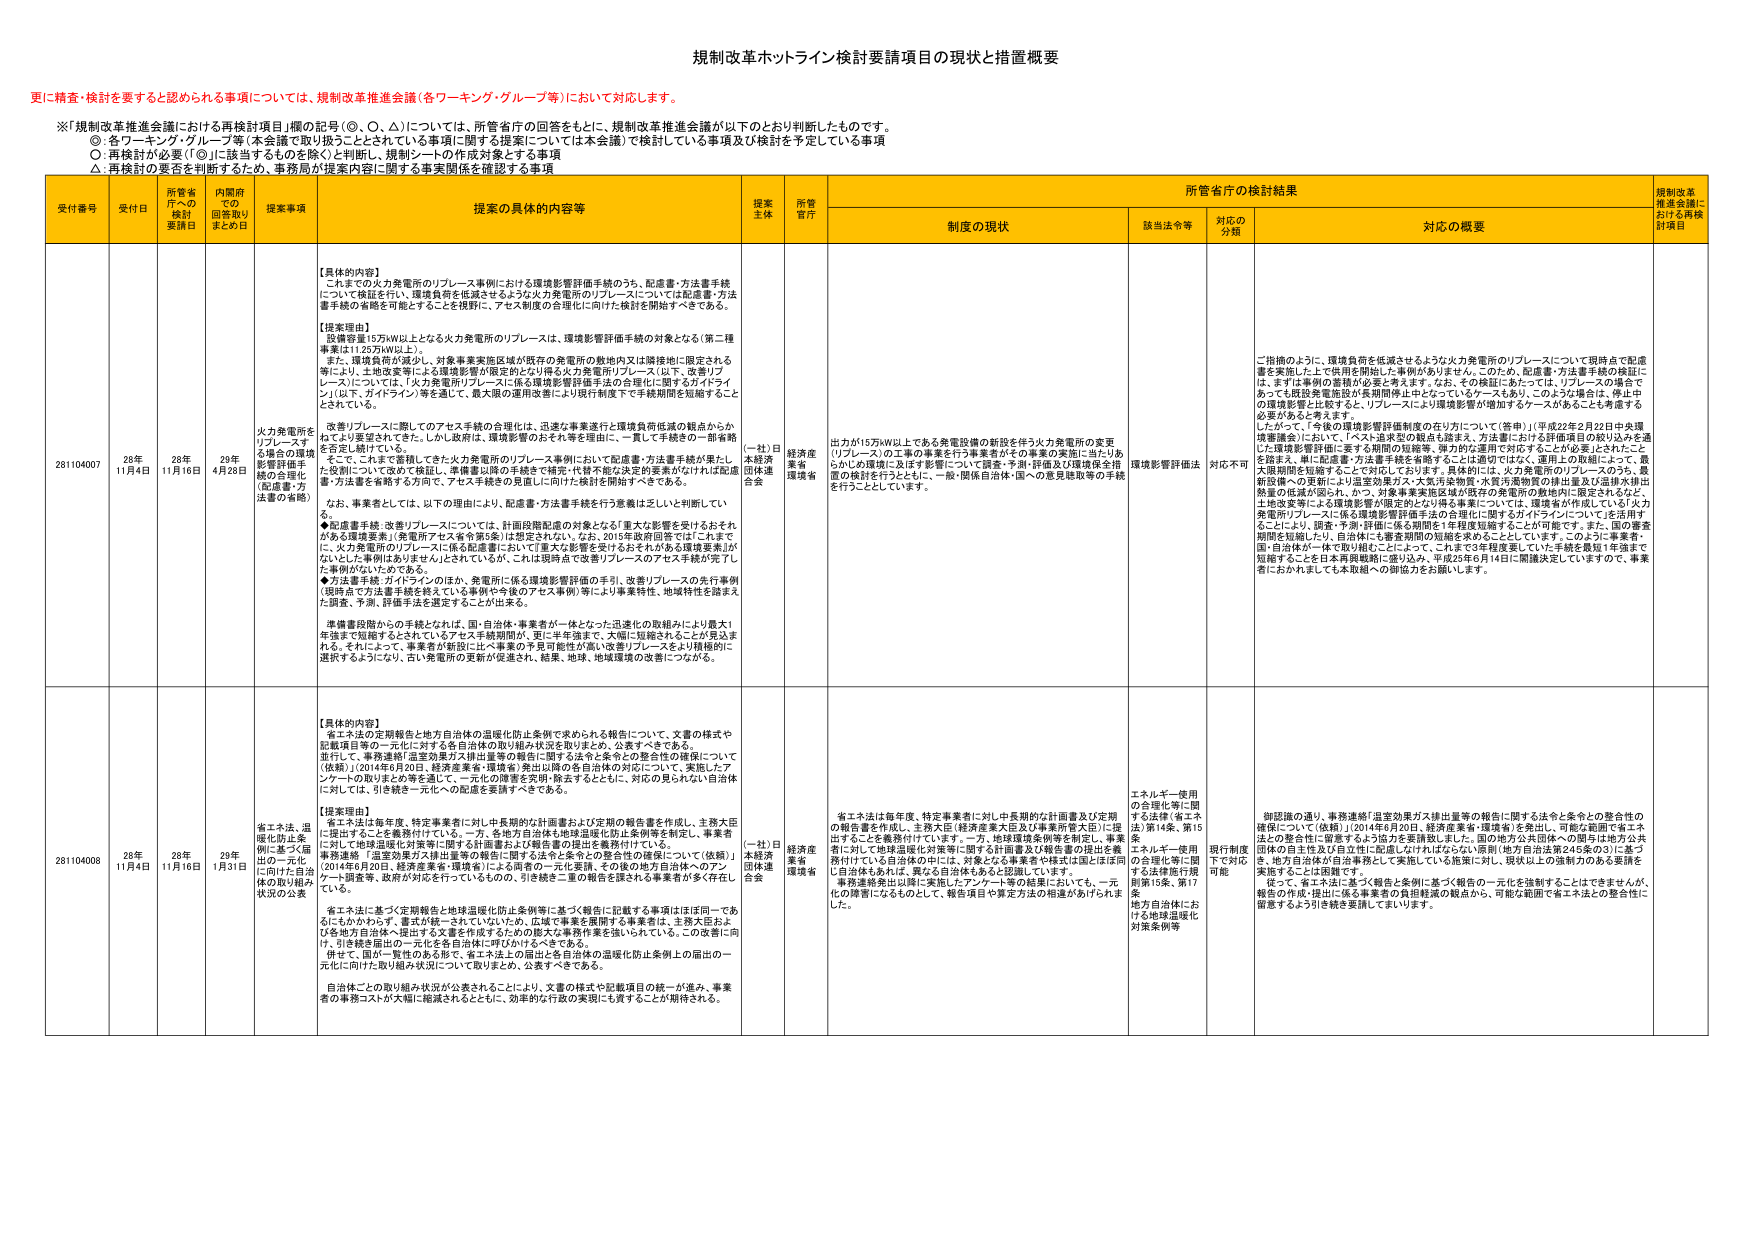
規制改革ホットライン検討要請項目の現状と措置概要

更に精査・検討を要すると認められる事項については、規制改革推進会議（各ワーキング・グループ等）において対応します。

※「規制改革推進会議における再検討項目」欄の記号（◎、○、△）については、所管省庁の回答をもとに、規制改革推進会議が以下のとおり判断したものです。
◎：各ワーキング・グループ等（本会議で取り扱うこととされている事項に関する提案については本会議）で検討している事項及び検討を予定している事項
○：再検討が必要（「◎」に該当するものと除く）と判断し、規制シートの作成対象とする事項
△：再検討の要否を判断するため、事務局が提案内容に関する事実関係を確認する事項

受付番号 受付日 所管省庁への検討要請日 内閣府での回答取りまとめ日 提案事項 提案の具体的内容等 提案主体 所管省庁 所管省庁の検討結果 規制改革推進会議における再検討項目
制度の現状 該当法令等 対応の分類 対応の概要

281104007 28年11月4日 28年11月16日 29年4月28日 火力発電所をリプレースする場合の環境影響評価手続の合理化（配慮書・方法書の省略） 【具体的内容】
これまでの火力発電所のリプレース事例における環境影響評価手続のうち、配慮書・方法書手続について検証を行い、環境負荷を低減させるような火力発電所のリプレースについては配慮書・方法書手続の省略を可能とすることを検討し、アセス制度の合理化に向けた検討を開始すべきである。

【提案理由】
設備容量15万kW以上となる火力発電所のリプレースは、環境影響評価手続の対象となる（第二種事業は12万kW以上）。
また、環境負荷が減少し、対象事業実施区域が既存の発電所の敷地内又は隣接地に限定される等により、土地政策等による環境影響が限定的なだけ得る火力発電所リプレース（以下、改善リプレース）については、「火力発電所リプレースに係る環境影響評価手続の合理化に関するガイドライン」（以下、ガイドライン）等を通じて、最大限の運用改善により現行制度下で手続期間を短縮することとされている。

改善リプレースに関してのアセス手続の合理化は、迅速な事業遂行と環境負荷低減の観点からかねてより要望されてきた。しかし政府は、環境影響のおそれ等を理由に、一貫して手続その一部省略を否定し続けていた。
本件については、環境省がこれまでに火力発電所のリプレース事例において配慮書・方法書手続が果たした役割について改めて検証し、事業者以降の手続を不補完・代替不能な決定的要素がなければ配慮書・方法書を省略する方向で、アセス手続その見直しに向けた検討を開始すべきである。

なお、事業者としては、以下の理由により、配慮書・方法書手続を行う意義は乏しいと判断している。
◆配慮書手続：改善リプレースについては、計画段階配慮の対象となる「重大な影響を受けられるものがある環境要素」（環境庁アセス省令第5条）は想定されない。なお、2015年政府回答では「これまでに、火力発電所のリプレースに係る配慮書において『重大な影響を受けるおそれがある環境要素』が記載された例は見られず、アセス手続の合理化に向けた検討を開始すべきである」との見解が示されている。
◆方法書手続：ガイドラインのほか、発電所に係る環境影響評価の手引、改善リプレースの先行事例（現時点で方法書手続を終えている事例や今後のアセス事例）等により事業特性、地域特性を踏まえた調査、予測、評価手法を選定することが出来る。

準備書段階からの手続をなれば、国・自治体・事業者が一体となった迅速化の取組みにより最大1年程度の短縮するとされているアセス手続期間が、更に4年強まで、大幅に短縮されることが見込まれる。それによって、事業者が新設に比べ事業の予見可能性が高い改善リプレースをより積極的に選択するようになり、古い発電所の更新が促進され、結果、地域、地球環境の改善につながる。

（一社）日本経済団体連合会 経済産業省 環境省 出力が15万kW以上である発電設備の新設を伴う火力発電所の変更（リプレース）の工事の事業を行う事業者がその事業の実施に当たりあらかじめ環境に及ぼす影響について調査・予測・評価及び環境保全措置の検討を行うとともに、一般・関係自治体・国への意見聴取等の手続を行うこととしています。 環境影響評価法 対応不可 ご指摘のように、環境負荷を低減させるような火力発電所のリプレースについて現時点で配慮書を実施した上で使用を開始した事例がありません。このため、配慮書・方法書手続の検証には、まずは事例の蓄積が必要と考えます。なお、その検証にあたっては、リプレースの場面であっても既設発電施設が使用期間外とされているケースもあり、このような場合は、停止中の環境影響と比較すると、リプレースにより環境影響が増加するケースがあることも考慮する必要があると考えます。
したがって、「今後の環境影響評価制度の在り方について（答申）」（平成22年2月22日中央環境審議会）において、「アセス追求型の観点も踏まえ、方法書における評価項目の絞り込みを通じた環境影響評価に要する期間の短縮等、弾力的な運用が対応することが必要」とされたことを踏まえ、単に配慮書・方法書手続を省略することは適切ではなく、運用上の取組によって、最新期間を短縮することを対応しております。具体的には、火力発電所のリプレースのうち、最新設備への更新により温室効果ガス・大気汚染物質・水質汚濁物質の排出量及び温排水排出量等の低減が図られ、かつ、対象事業実施区域が既存の発電所の敷地内に限定されるなど、土地政策等による環境影響が限定的となり得る事業については、環境省が作成している「火力発電所リプレースに係る環境影響評価手続の合理化に関するガイドライン」について活用することにより、調査・予測・評価に係る期間を1年程度短縮することが可能です。また、国の審査期間を短縮したり、自治体にも審査期間の短縮を求めることとしています。このように事業者・国・自治体が一体で取り組むことによって、これまで3年程度要していた手続を最短1年強まで短縮することを日本再興戦略に盛り込み、平成25年6月14日に閣議決定していますので、事業者におかれましても本取組への御協力をお願いします。

281104008 28年11月4日 28年11月16日 29年1月31日 省エネ法、温暖化防止条例に基づく届出の一元化、に向けて自治体の取り組み状況の公表 【具体的内容】
省エネ法の定期報告と地方自治体の温暖化防止条例で求められる報告について、文書の様式や記載項目等の一元化に対する各自治体の取り組み状況を取りまとめ、公表すべきである。
並行して、事務連絡「温室効果ガス排出量等の報告に関する法令と条例との整合性の確保について（依頼）」（2014年6月20日、経済産業省・環境省）発出以降の各自治体の対応について、実施したアシストへの取りまとめ等を通じて、一元化の推進を実現・普及するとともに、対応の見られない自治体に対しては、引き続き一元化への配慮を要請すべきである。

【提案理由】
省エネ法は毎年度、特定事業者に対して中期的な計画書及び定期の報告書を作成し、主務大臣に提出することを義務付けている。一方、各地方自治体は地球温暖化防止条例等を制定し、事業者に対して地球温暖化対策等に関する計画書及び報告書の提出を義務付けている。
事務連絡「温室効果ガス排出量等の報告に関する法令と条例との整合性の確保について（依頼）」（2014年6月20日、経済産業省・環境省）による両者の一元化要請、その後の地方自治体へのアシスト（報告書、説明会等）が対応を行っているものの、引き続き二重の報告を課される事業者が多く存在している。
省エネ法に基づく定期報告と地球温暖化防止条例等に基づく報告に記載する事項はほぼ同一であるにもかかわらず、書式が統一されていないため、広域で事業を展開する事業者は、主務大臣および各地方自治体へ提出する文書を作成するための膨大な事務作業を強いられている。この改善に向けて、引き続き届出の一元化を各自治体に呼びかけるべきである。
併せて、国と一貫性のある形で、省エネ法との届出と各自治体の温暖化防止条例上の届出の一元化に向けた取り組み状況について取りまとめ、公表すべきである。
自治体ごとの取り組み状況が公表されることにより、文書の様式や記載項目の統一が進み、事業者の事務コストが大幅に軽減されるとともに、効率的な行政の実現にも資することが期待される。

（一社）日本経済団体連合会 経済産業省 環境省 省エネ法は毎年度、特定事業者に対して中期的な計画書及び定期の報告書を作成し、主務大臣（経済産業大臣及び事業所管大臣）に提出することを義務付けています。一方、地球温暖化条例等を制定し、事業者に対して地球温暖化対策等に関する計画書及び報告書の提出を義務付けている自治体の中には、対象となる事業者や様式は国とはほぼ同じ自治体もあれば、異なる自治体もあると認識しています。
事務連絡発出以降に実施したアンケート等の結果においても、一元化の障害になるものとして、報告項目や算定方法の相違があげられます。

エネルギー使用の合理化等に関する法律（省エネ法）第14条、第15条。
エネルギー使用の合理化等に関する法律施行規則第15条、第17条
地方自治体における地球温暖化対策条例等 現行制度下で対応可能 御認識の通り、事務連絡「温室効果ガス排出量等の報告に関する法令と条例との整合性の確保について（依頼）」（2014年6月20日、経済産業省・環境省）を発出し、可能な範囲で省エネ法との整合性に留意するよう協力を要請致しました。国の地方公共団体への関与は地方公共団体の自主性及び自主性に配慮しなければならない原則（地方自治法第245条の3）に基づき、地方自治体が自主事務として実施している施策に対し、現状以上の強制力のある要請を実施することは困難です。
従って、省エネ法に基づく報告と条例に基づく報告の一元化を強制することはできませんが、報告の作成・提出に係る事業者の負担軽減の観点から、可能な範囲で省エネ法との整合性に留意するよう引き続き要請してまいります。